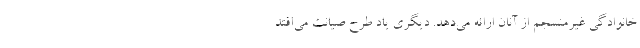
خانوادگی غیرمنسجم از آنان ارائه می‌دهد. دیگری یاد طرح صیانت می‌افتد